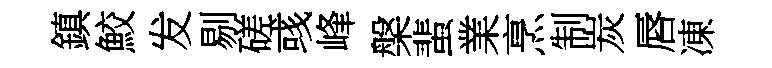
鎮鮫发剔磋彧峰槃蜚業烹制炭唇凍